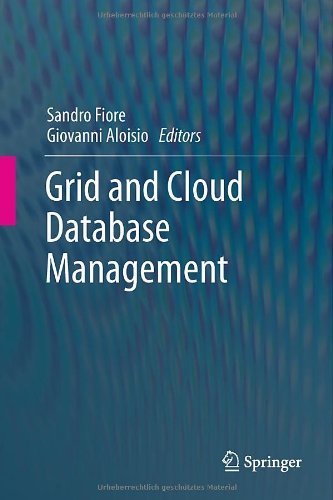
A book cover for Grid and Cloud Database Management; Computers & Technology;